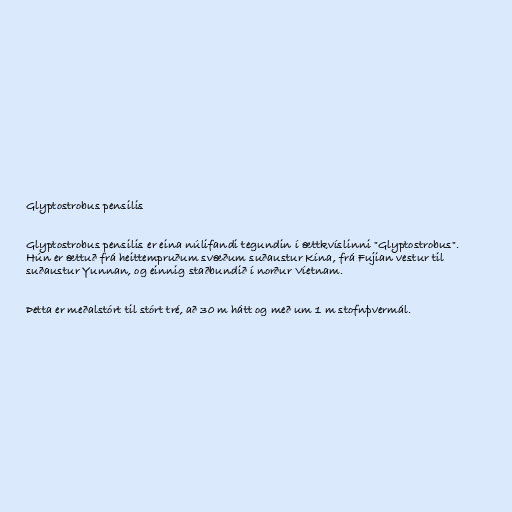
Glyptostrobus pensilis

Glyptostrobus pensilis er eina núlifandi tegundin í ættkvíslinni "Glyptostrobus".
Hún er ættuð frá heittempruðum svæðum suðaustur Kína, frá Fujian vestur til
suðaustur Yunnan, og einnig staðbundið í norður Víetnam.

Þetta er meðalstórt til stórt tré, að 30 m hátt og með um 1 m stofnþvermál.